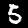
Digit: 5